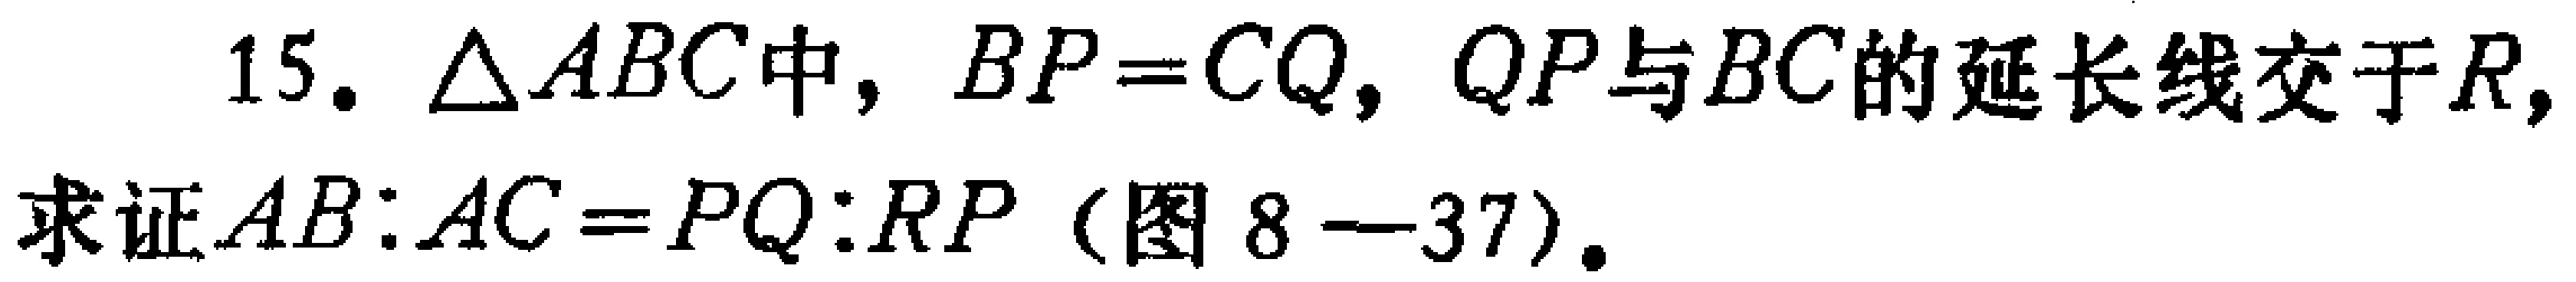
15. $\triangle ABC$中，$BP = CQ$，$QP$与$BC$的延长线交于$R$，

求证$AB:AC = PQ:RP$（图8 - 37）。